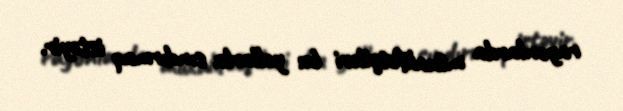
rayonlarda müxalifətçiləri bu yollarla sındırmaq istəyir.